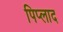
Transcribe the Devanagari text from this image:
पिप्लाद